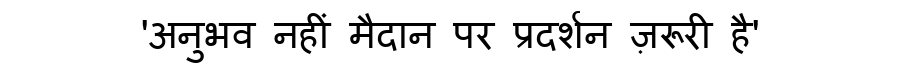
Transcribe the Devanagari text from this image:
'अनुभव नहीं मैदान पर प्रदर्शन ज़रूरी है'